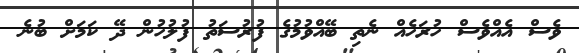
ވެސް އެއްވެސް ހުރަހެއް ނެތި ބޭއްވުމުގެ ފުރުސަތު ފުލުހުން ދޭ ކަމަށް ބުނެ